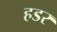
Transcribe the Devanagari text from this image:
हडर